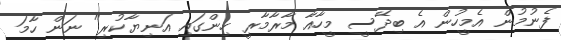
ފެނުމުން އެމީހުން އެ ބިދޭސީ މީހާއާ މާރާމާރީ ހިންގައި އަނިޔާކުރި" ނަން ހާމަ